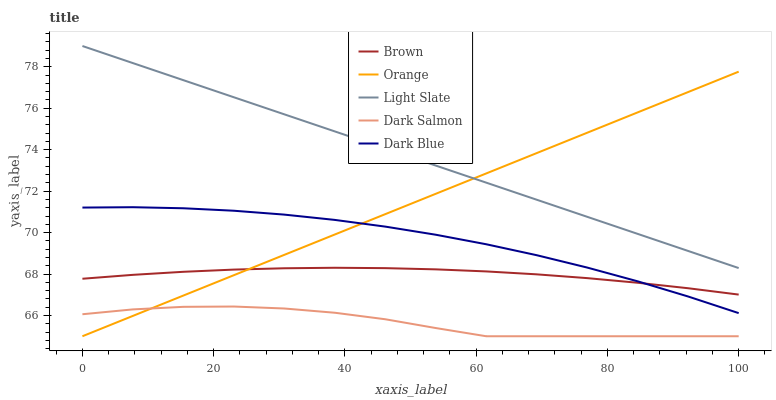
| xaxis_label | Brown | Orange | Light Slate | Dark Salmon | Dark Blue |
 | --- | --- | --- | --- | --- | --- |
 | 0 | 67.8 | 65 | 79 | 66.1 | 71.2 |
 | 7.69 | 68 | 66 | 78.2 | 66.3 | 71.2 |
 | 15.4 | 68.1 | 67 | 77.4 | 66.4 | 71.2 |
 | 23.1 | 68.2 | 67.9 | 76.5 | 66.4 | 71.1 |
 | 30.8 | 68.3 | 68.9 | 75.7 | 66.3 | 70.9 |
 | 38.5 | 68.3 | 69.9 | 74.9 | 66.1 | 70.6 |
 | 46.2 | 68.3 | 70.9 | 74.1 | 65.8 | 70.3 |
 | 53.8 | 68.2 | 71.9 | 73.2 | 65.4 | 69.9 |
 | 61.5 | 68.1 | 72.9 | 72.4 | 65 | 69.4 |
 | 69.2 | 68 | 73.8 | 71.6 | 65 | 68.9 |
 | 76.9 | 67.8 | 74.8 | 70.8 | 65 | 68.3 |
 | 84.6 | 67.6 | 75.8 | 69.9 | 65 | 67.6 |
 | 92.3 | 67.3 | 76.8 | 69.1 | 65 | 66.9 |
 | 100 | 67 | 77.8 | 68.3 | 65 | 66.1 |